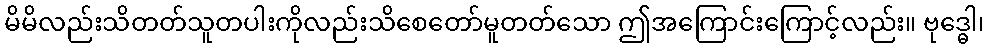
မိမိလည်းသိတတ်သူတပါးကိုလည်းသိစေတော်မူတတ်သော ဤအကြောင်းကြောင့်လည်း။ ဗုဒ္ဓေါ၊